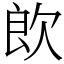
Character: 欴